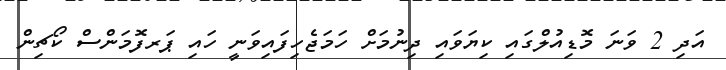
އަދި 2 ވަނަ މޮޑިއުލްގައި ކިޔަވައި ދިނުމަށް ހަމަޖެހިފައިވަނީ ހައި ޕަރފޮމަންސް ކޯޗިން